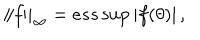
LaTeX: \left\| f \right\| _ { \infty } = e s s \sup \left| f ( \theta ) \right| ,